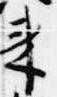
来